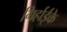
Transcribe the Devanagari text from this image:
गिर्हाईके